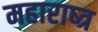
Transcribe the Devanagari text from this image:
महाराष्त्र